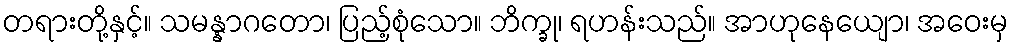
တရားတို့နှင့်။ သမန္နာဂတော၊ ပြည့်စုံသော။ ဘိက္ခု၊ ရဟန်းသည်။ အာဟုနေယျော၊ အဝေးမှ